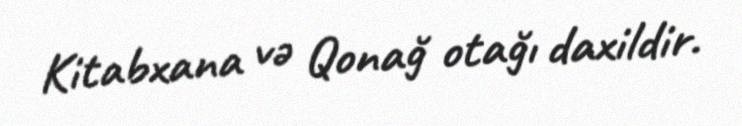
Kitabxana və Qonağ otağı daxildir.